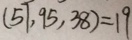
( 5 7 , 9 5 , 3 8 ) = 1 9